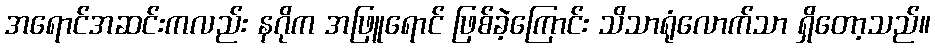
အရောင်အဆင်းကလည်း နဂိုက အဖြူရောင် ဖြစ်ခဲ့ကြောင်း သိသာရုံလောက်သာ ရှိတော့သည်။